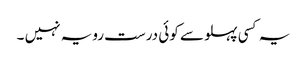
یہ کسی پہلو سے کوئی درست رویہ نہیں ۔